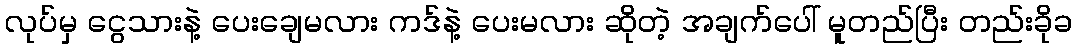
လုပ်မှ ငွေသားနဲ့ ပေးချေမလား ကဒ်နဲ့ ပေးမလား ဆိုတဲ့ အချက်ပေါ် မူတည်ပြီး တည်းခိုခ